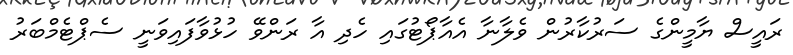
ރައީސް ޔާމީންގެ ސަރުކާރުން ވެލާނާ އެއާޕޯޓުގައި ހެދި އާ ރަންވޭ ހުޅުވާފައިވަނީ ސެޕްޓެމްބަރު